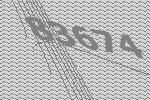
83674